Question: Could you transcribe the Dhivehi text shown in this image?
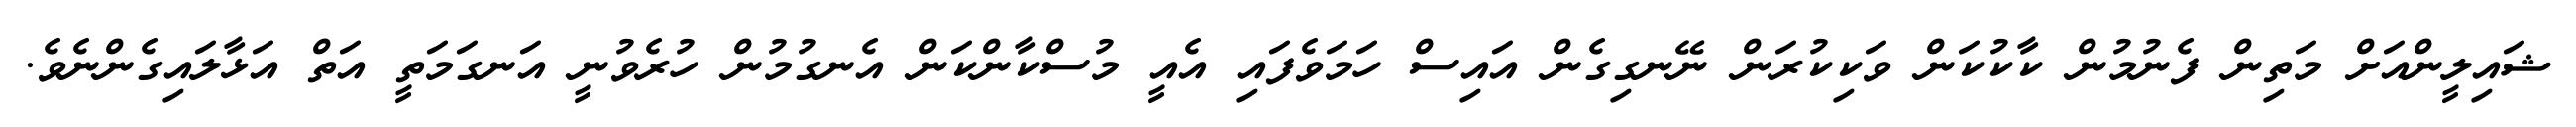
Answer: ޝައިލީންއަށް މަތިން ފެނުމުން ކާކުކަން ވަކިކުރަން ނޭނގިގެން އައިސް ހަމަވެފައި އެއީ މުސްކާންކަން އެނގުމުން ހުރެވުނީ އަނގަމަތީ އަތް އަޅާލައިގެންނެވެ.